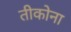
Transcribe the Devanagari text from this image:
तीकोना